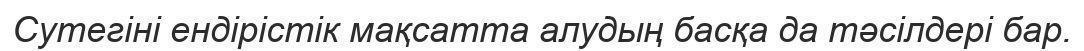
Сутегіні ендірістік мақсатта алудың басқа да тәсілдері бар.